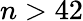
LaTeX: n>42